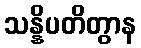
သန္နိပတိတွာန